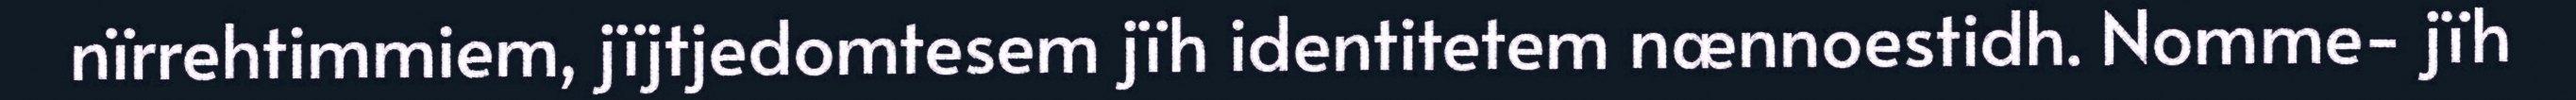
nïrrehtimmiem, jïjtjedomtesem jïh identitetem nænnoestidh. Nomme- jïh